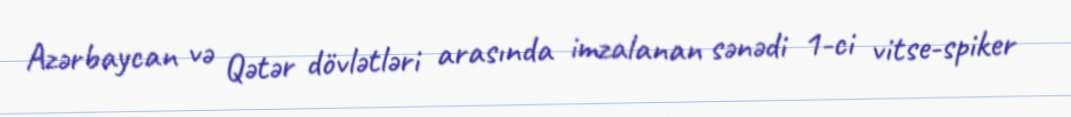
Azərbaycan və Qətər dövlətləri arasında imzalanan sənədi 1-ci vitse-spiker